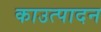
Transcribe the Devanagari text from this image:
काउत्पादन